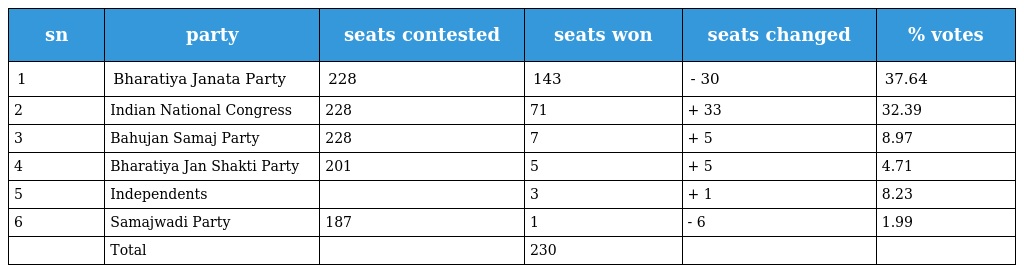
| sn | party | seats contested | seats won | seats changed | % votes |
 | --- | --- | --- | --- | --- | --- |
 | 1 | Bharatiya Janata Party | 228 | 143 | - 30 | 37.64 |
 | 2 | Indian National Congress | 228 | 71 | + 33 | 32.39 |
 | 3 | Bahujan Samaj Party | 228 | 7 | + 5 | 8.97 |
 | 4 | Bharatiya Jan Shakti Party | 201 | 5 | + 5 | 4.71 |
 | 5 | Independents |  | 3 | + 1 | 8.23 |
 | 6 | Samajwadi Party | 187 | 1 | - 6 | 1.99 |
 |  | Total |  | 230 |  |  |